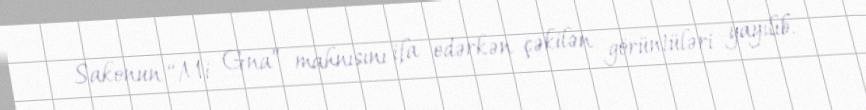
Sakonun “Mi Gna” mahnısını ifa edərkən çəkilən görüntüləri yayılıb.